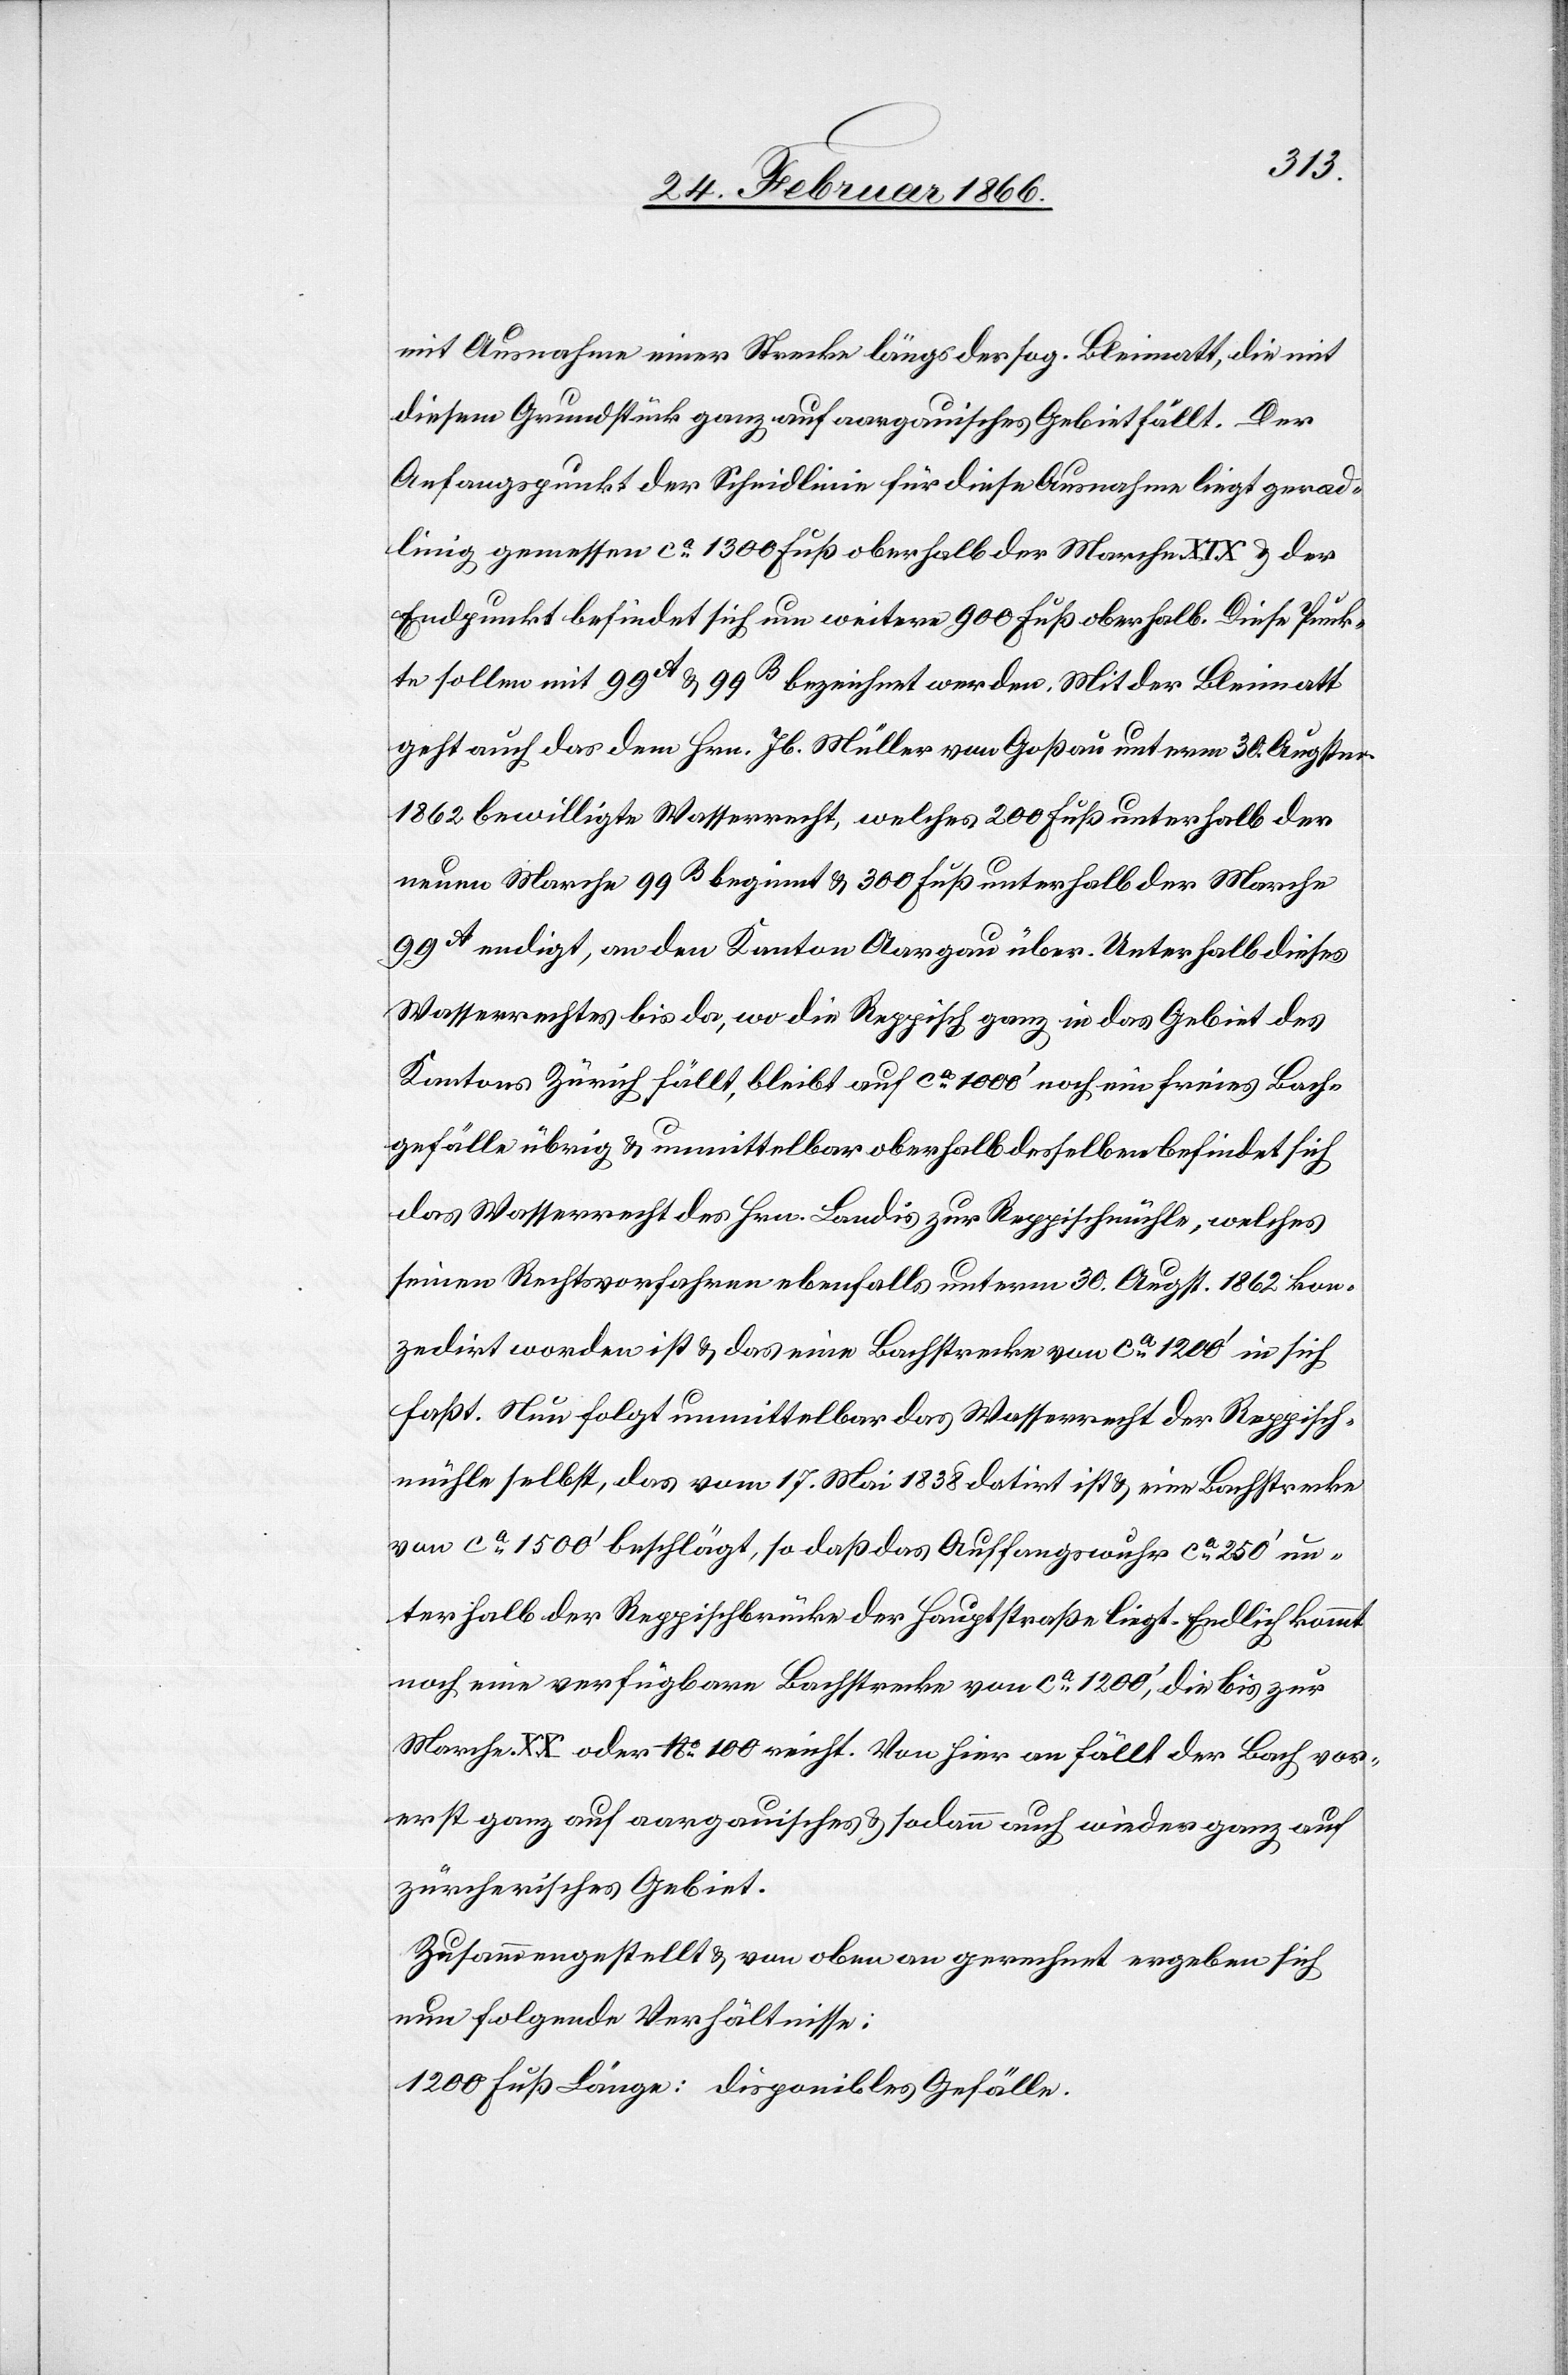
mit Ausnahme einer Strecke längs der sog. Kleimatt, die mit
diesem Grundstück ganz auf aargauisches Gebiet fällt. Der
Anfangspunkt der Scheidlinie für diese Ausnahme liegt gerad¬
linig gemessen ca. 1300 Fuß oberhalb der Marche XIX u. der
Endpunkt befindet sich um weitere 900 Fuß oberhalb. Diese Punk¬
te sollen mit 99A u. 99B bezeichnet werden. Mit der Kleimatt
geht auch das dem Hrn. Jb. Müller von Goßau unterm 30. Augstm.
1862 bewilligte Wasserrecht, welches 200 Fuß unterhalb der
neuen Marche 99B beginnt u. 300 Fuß unterhalb der Marche
99A endigt, an den Kanton Aargau über. Unterhalb dieses
Wasserrechtes bis da, wo die Reppisch ganz in das Gebiet des
Kantons Zürich fällt, bleibt auf ca. 1000‘ noch ein freies Bach¬
gefälle übrig u. unmittelbar oberhalb befindet sich das
Wasserrecht des Hrn. Landis zur Reppischmühle, welches
seinen Rechtsvorfahren ebenfalls unterm 30. Augst. 1862 kon¬
zedirt worden ist u. das eine Bachstrecke von ca. 1200‘ in sich
faßt. Nun folgt unmittelbar das Wasserrecht der Reppisch¬
mühle selbst, das vom17. Mai 1838 datirt ist u. eine Bachstrecke
von ca. 1500‘ beschlägt, so daß das Auffangswuhr ca. 250‘ un¬
terhalb der Reppischbrücke der Hauptstraße liegt. Endlich kommt
noch eine verfügbare Bachstrecke von ca. 1200‘, die bis zur
Marche XX oder 100 reicht. Von hier an fällt der Bach vor¬
erst ganz auf aargauisches u- sodann auch wieder ganz auf
zürcherisches Gebiet.
Zusammengestellt u. von oben an gerechnet ergeben sich
nun folgende Verhältnisse: